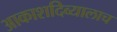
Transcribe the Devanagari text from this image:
आकाशदिव्यालाच